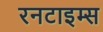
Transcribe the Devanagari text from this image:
रनटाइम्स